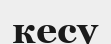
кесу